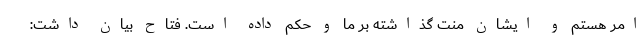
امر هستم و ایشان منت گذاشته بر ما و حکم داده است. فتاح بیان داشت: